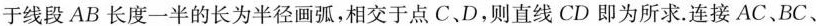
于线段AB长度一半的长为半径画弧，相交于点C、D，则直线CD即为所求。连接AC、BC、